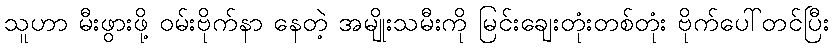
သူဟာ မီးဖွားဖို့ ဝမ်းဗိုက်နာ နေတဲ့ အမျိုးသမီးကို မြင်းချေးတုံးတစ်တုံး ဗိုက်ပေါ်တင်ပြီး